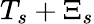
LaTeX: T_{s}+\Xi_{s}